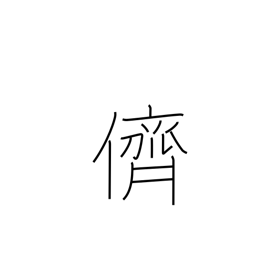
Meaning: companion